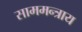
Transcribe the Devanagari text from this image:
साममन्त्राय